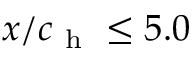
x / c _ { \mathrm { ~ h ~ } } \leq 5 . 0 \